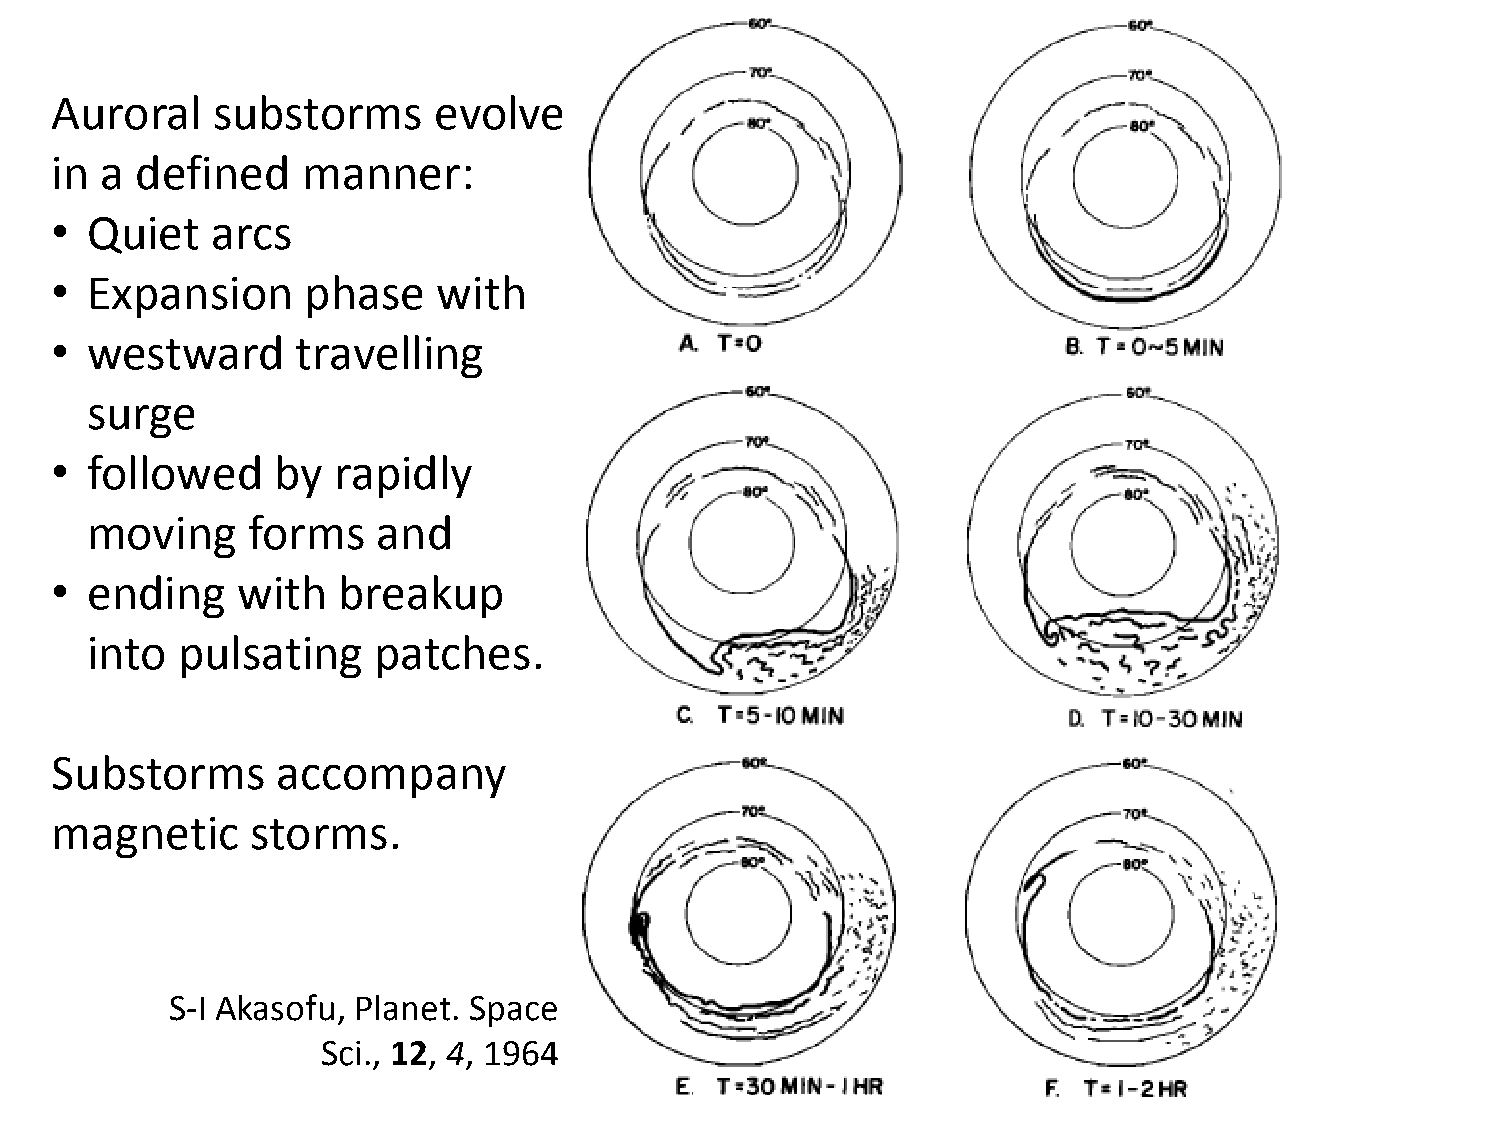
Auroral    substorms      evolve
 in  a defined    manner:
 •  Quiet   arcs
 •  Expansion     phase    with
 •  westward      travelling
 surge
 •  followed    by  rapidly
 moving    forms    and
 •  ending    with  breakup
 into  pulsating    patches.
 Substorms      accompany
 magnetic      storms.
 S-I Akasofu, Planet. Space
 Sci., 12, 4, 1964